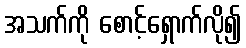
အသက်ကို စောင့်ရှောက်လို၍